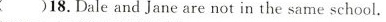
任务二:回答下面的问题.